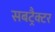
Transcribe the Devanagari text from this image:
सबट्रैक्टर